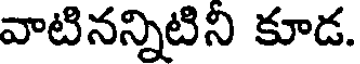
వాటినన్నిటిని కూడ.